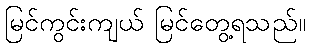
မြင်ကွင်းကျယ် မြင်တွေ့ရသည်။